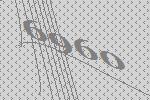
6960